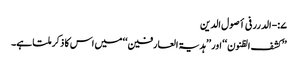
۷:-الدرر فی أصول الدین
’’کشف الظنون‘‘ اور ’’ہدیۃ العارفین‘‘ میں اس کا ذکر ملتا ہے۔